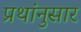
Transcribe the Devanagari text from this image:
प्रथांनुसार